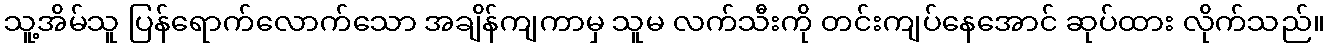
သူ့အိမ်သူ ပြန်ရောက်လောက်သော အချိန်ကျကာမှ သူမ လက်သီးကို တင်းကျပ်နေအောင် ဆုပ်ထား လိုက်သည်။